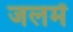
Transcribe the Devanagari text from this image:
जलमें